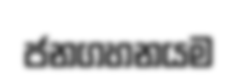
ජනගහනයම